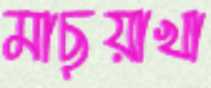
মাছুয়াখা